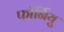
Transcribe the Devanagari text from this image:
फॉर्नियु